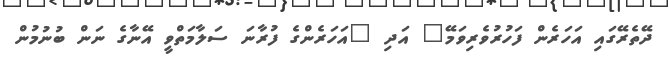
ދޭތެރޭގައި އަހަރެން ފަހުރުވެރިވަމޭ" އަދި "އަހަރެންގެ ފުރާނަ ސަލާމަތްވީ އޭނާގެ ނަން ބުނުމުން